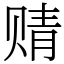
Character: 䞍